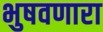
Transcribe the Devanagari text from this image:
भुषवणारा